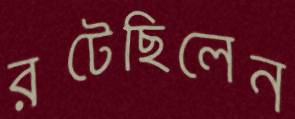
রটেছিলেন